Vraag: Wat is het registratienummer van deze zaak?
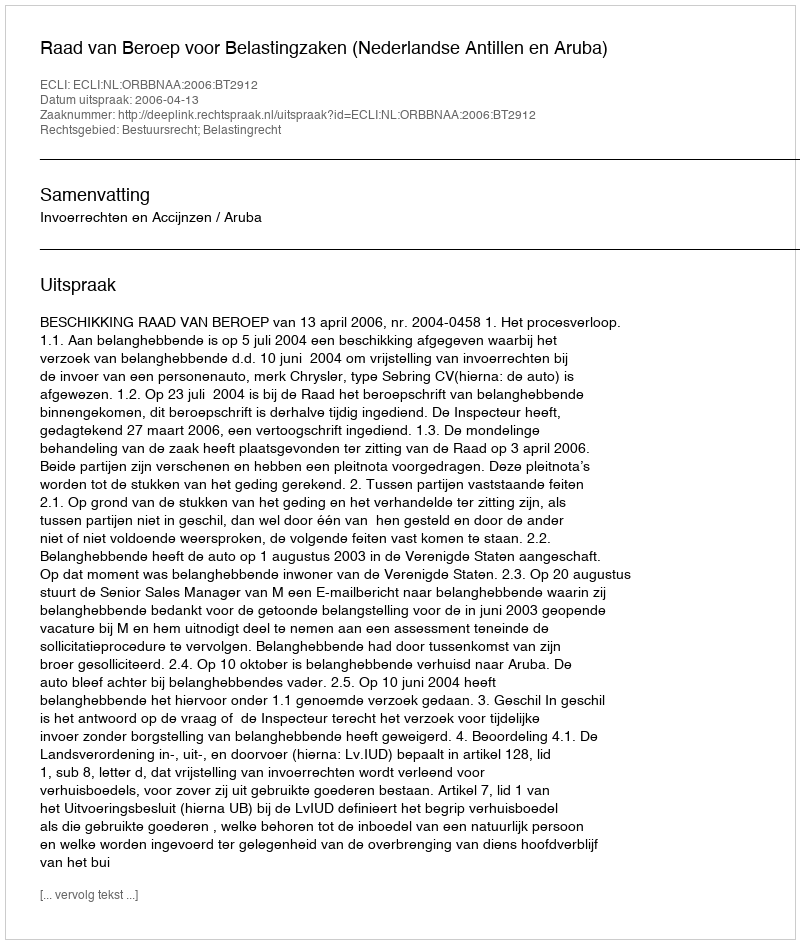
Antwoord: http://deeplink.rechtspraak.nl/uitspraak?id=ECLI:NL:ORBBNAA:2006:BT2912